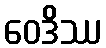
ဝေဒိဿ